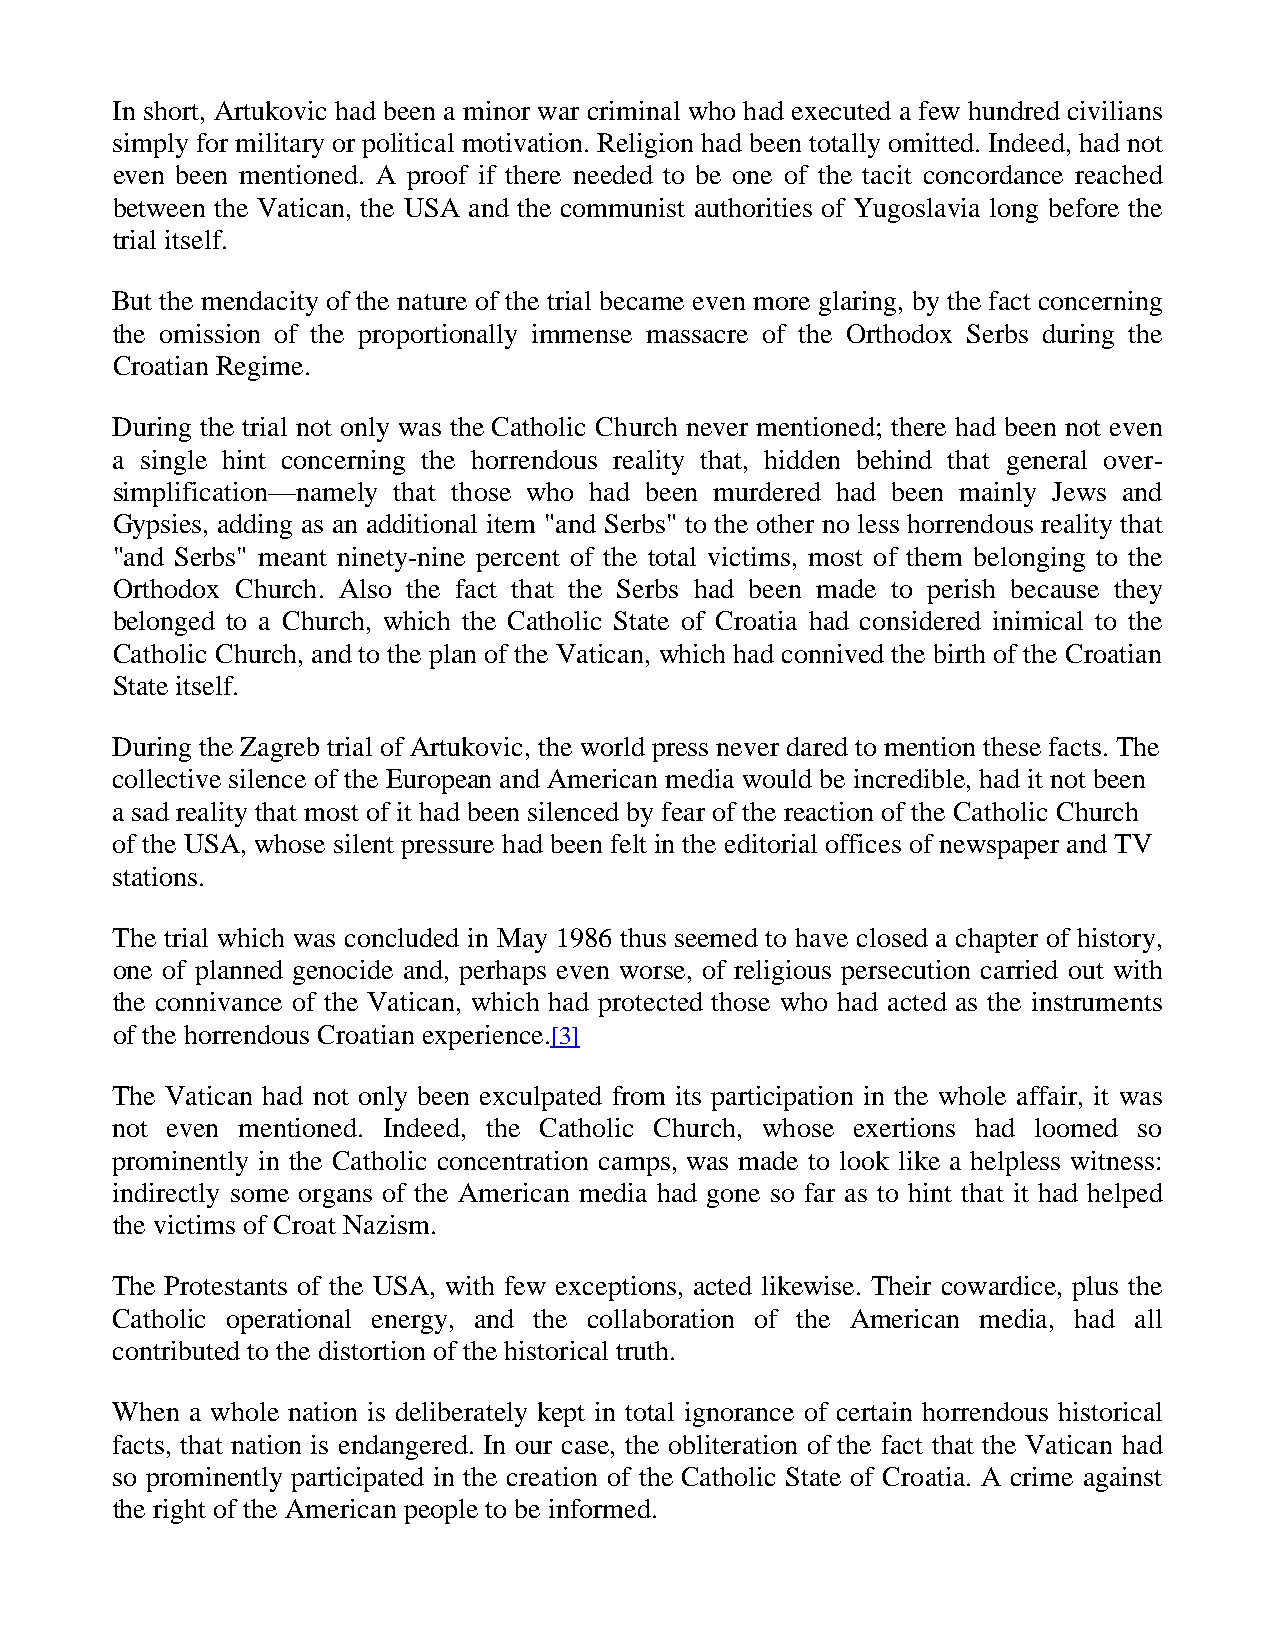
In short, Artukovic had been a minor war criminal who had executed a few hundred civilians
 simply for military or political motivation. Religion had been totally omitted. Indeed, had not
 even been mentioned. A proof if there needed to be one of the tacit concordance reached
 between the Vatican, the USA and the communist authorities of Yugoslavia long before the
 trial itself.
 But the mendacity of the nature of the trial became even more glaring, by the fact concerning
 the omission of the proportionally immense massacre of the Orthodox Serbs during the
 Croatian Regime.
 During the trial not only was the Catholic Church never mentioned; there had been not even
 a single hint concerning the horrendous reality that, hidden behind that general over-
 simplification—namely that those who had been murdered had been mainly Jews and
 Gypsies, adding as an additional item "and Serbs" to the other no less horrendous reality that
 "and Serbs" meant ninety-nine percent of the total victims, most of them belonging to the
 Orthodox Church. Also the fact that the Serbs had been made to perish because they
 belonged to a Church, which the Catholic State of Croatia had considered inimical to the
 Catholic Church, and to the plan of the Vatican, which had connived the birth of the Croatian
 State itself.
 During the Zagreb trial of Artukovic, the world press never dared to mention these facts. The
 collective silence of the European and American media would be incredible, had it not been
 a sad reality that most of it had been silenced by fear of the reaction of the Catholic Church
 of the USA, whose silent pressure had been felt in the editorial offices of newspaper and TV
 stations.
 The trial which was concluded in May 1986 thus seemed to have closed a chapter of history,
 one of planned genocide and, perhaps even worse, of religious persecution carried out with
 the connivance of the Vatican, which had protected those who had acted as the instruments
 of the horrendous Croatian experience.[3]
 The Vatican had not only been exculpated from its participation in the whole affair, it was
 not even mentioned. Indeed, the Catholic Church, whose exertions had loomed so
 prominently in the Catholic concentration camps, was made to look like a helpless witness:
 indirectly some organs of the American media had gone so far as to hint that it had helped
 the victims of Croat Nazism.
 The Protestants of the USA, with few exceptions, acted likewise. Their cowardice, plus the
 Catholic operational energy, and the collaboration of the American media, had all
 contributed to the distortion of the historical truth.
 When a whole nation is deliberately kept in total ignorance of certain horrendous historical
 facts, that nation is endangered. In our case, the obliteration of the fact that the Vatican had
 so prominently participated in the creation of the Catholic State of Croatia. A crime against
 the right of the American people to be informed.